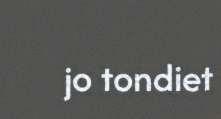
jo tondiet